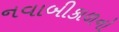
નવાબીકાળનો